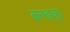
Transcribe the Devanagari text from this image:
कनखजूरा